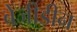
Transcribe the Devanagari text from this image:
बेंजीडीन